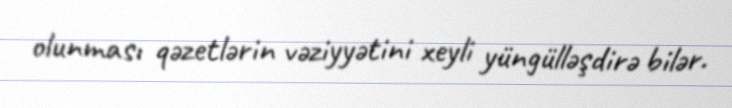
olunması qəzetlərin vəziyyətini xeyli yüngülləşdirə bilər.